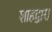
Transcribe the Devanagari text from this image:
शाहद्वारा